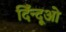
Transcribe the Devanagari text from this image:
दिँन्दूओ